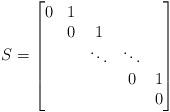
\begin{align*}S=\begin{bmatrix}0 & 1 & & & \\ & 0 & 1 & & \\ & & \ddots & \ddots & \\ & & & 0 & 1 \\ & & & & 0\end{bmatrix}\end{align*}